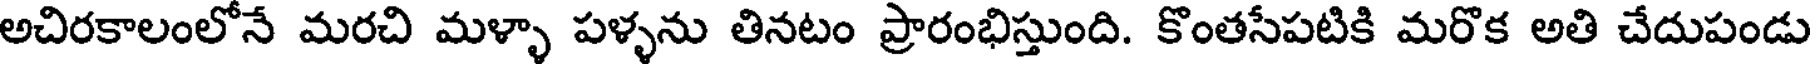
అచిరకాలంలోనే మరచి మళ్ళా పళ్ళను తినటం ప్రారంభిస్తుంది. కొంతసేపటికి మరొక అతి చేదుపండు